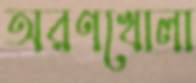
অরণখোলা